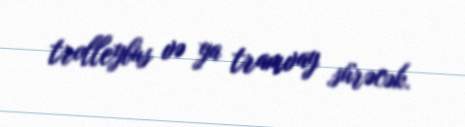
trolleybus və ya tramvay sürəcək.